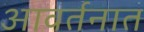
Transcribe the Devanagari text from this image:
आवर्तनात